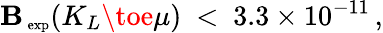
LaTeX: \mathbf{B}_{\mathrm{{\scriptsize~exp}}}(K_{L}\toe\mu)\ <\ 3.3\times10^{-11}\, ,